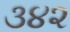
૩૪૨